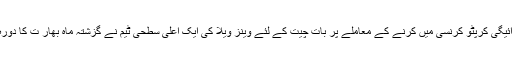
تیل کی ادائیگی کرپٹو کرنسی میں کرنے کے معاملے پر بات چیت کے لئے وینز ویلا کی ایک اعلیٰ سطحی ٹیم نے گزشتہ ماہ بھار ت کا دورہ بھی کیا۔